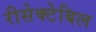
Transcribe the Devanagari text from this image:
रीसेक्टेबिल